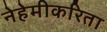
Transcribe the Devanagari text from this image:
नेहेमीकरिता